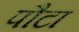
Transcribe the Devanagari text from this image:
पौटा